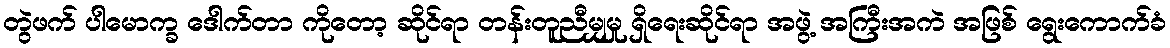
တွဲဖက် ပါမောက္ခ ဒေါက်တာ ကိုတော့ ဆိုင်ရာ တန်းတူညီမျှမှု ရှိရေးဆိုင်ရာ အဖွဲ့ အကြီးအကဲ အဖြစ် ရွေးကောက်ခံ